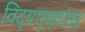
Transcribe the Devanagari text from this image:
विद्यार्थ्यांसह